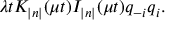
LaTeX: \lambda t K _ { \left| n \right| } ( \mu t ) I _ { \left| n \right| } ( \mu t ) q _ { - i } q _ { i } .